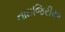
નાઇજિરીયા